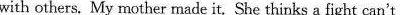
with others. My mothier made it.She thinks a fight cant